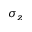
\sigma _ { z }